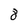
Character: 8